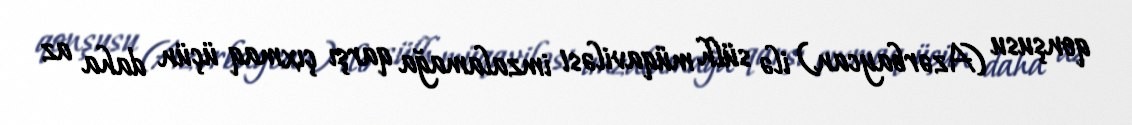
qonşusu (Azərbaycan) ilə sülh müqaviləsi imzalamağa qarşı çıxmaq üçün daha az